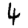
Digit: 4